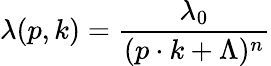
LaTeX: \lambda(p,k)={\frac{\lambda_{0}}{(p\cdot k+\Lambda)^{n}}}